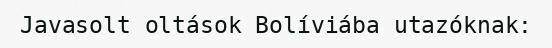
Javasolt oltások Bolíviába utazóknak: